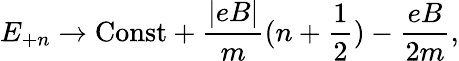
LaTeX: E_{+n}\rightarrow{\mathrm{Const}}+\frac{|eB|}{m}(n+{\frac{1}{2}})-\frac{eB}{2m},